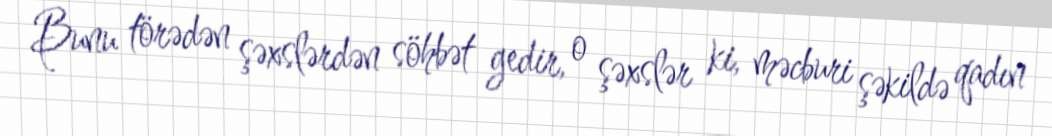
Bunu törədən şəxslərdən söhbət gedir, o şəxslər ki, məcburi şəkildə qadın